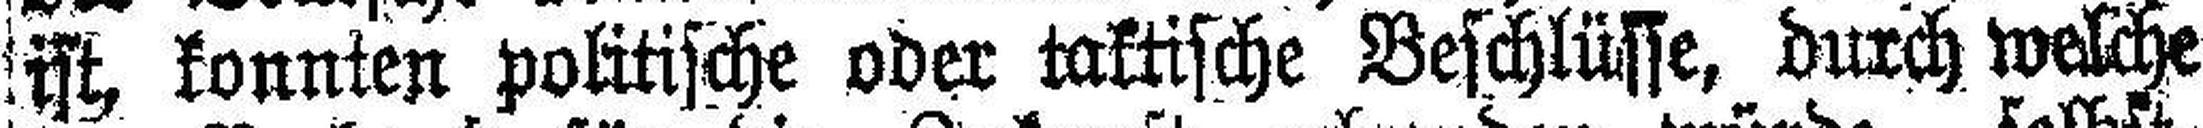
ist, konnten politische oder taktische Beschlüsse, durch welche